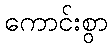
ကောင်းစွာ